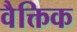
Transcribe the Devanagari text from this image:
वैक्तिक